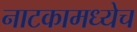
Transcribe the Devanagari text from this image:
नाटकामध्येच